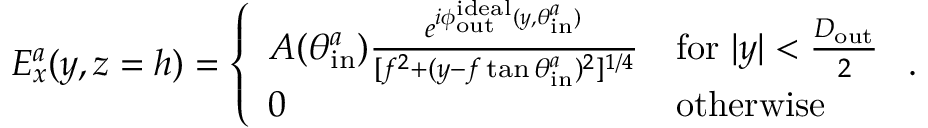
E _ { x } ^ { a } ( y , z = h ) = \left\{ \begin{array} { l l } { A ( \theta _ { \mathrm { i n } } ^ { a } ) \frac { e ^ { i \phi _ { \mathrm { o u t } } ^ { \mathrm { i d e a l } } ( y , \theta _ { \mathrm { i n } } ^ { a } ) } } { [ f ^ { 2 } + ( y - f \tan { \theta _ { \mathrm { i n } } ^ { a } } ) ^ { 2 } ] ^ { { 1 } / { 4 } } } } & { \mathrm { f o r ~ } | y | < \frac { D _ { \mathrm { o u t } } } { 2 } } \\ { 0 } & { \mathrm { o t h e r w i s e } } \end{array} \right. .